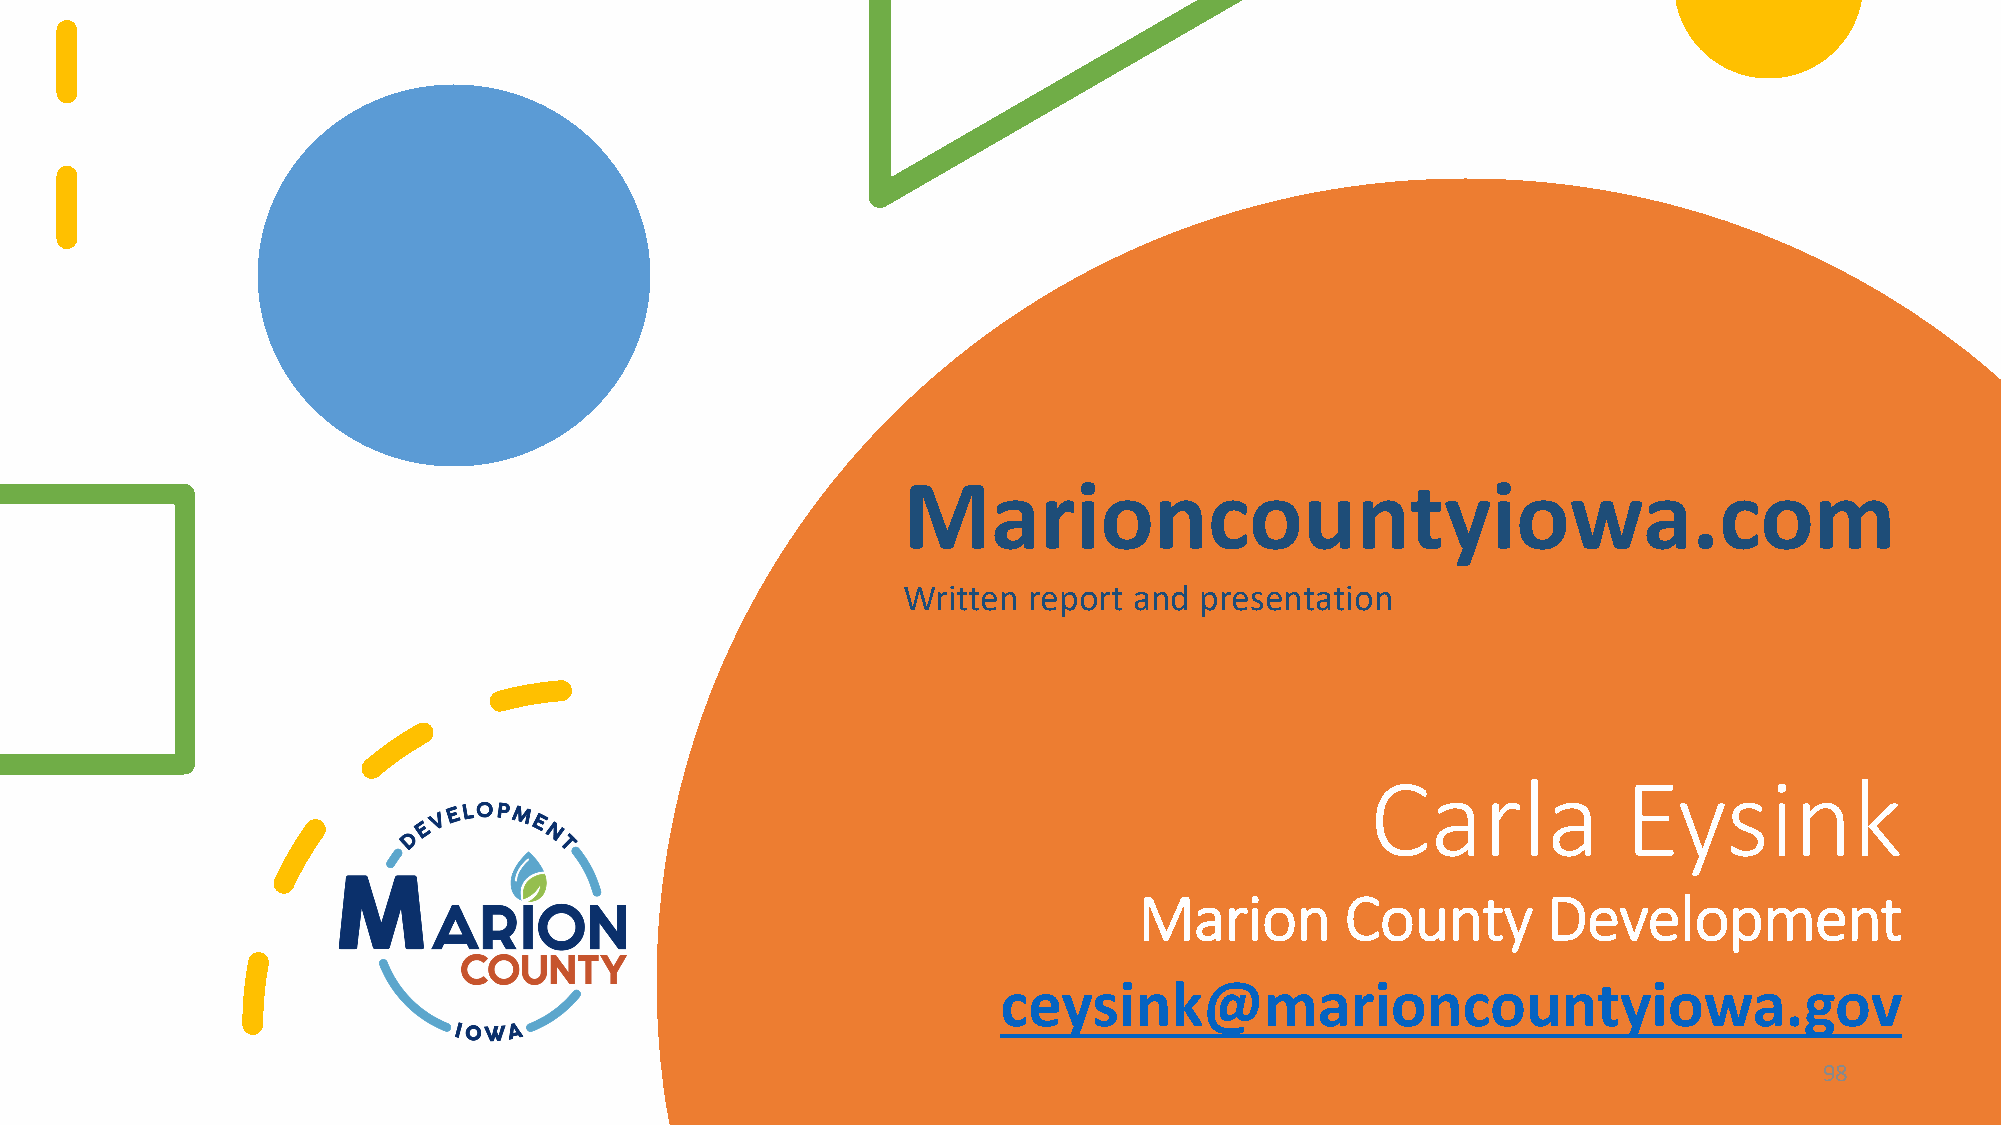
Marioncountyiowa.com
 Written report and presentation
 Carla            Eysink
 Marion        County       Development
 ceysink@marioncountyiowa.gov
 98